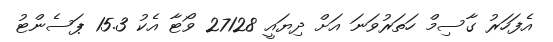
އެފަހަރު ގާސިމް ހަތަރުވަނަ އަށް ދިޔައީ 27128 ވޯޓާ އެކު 15.3 ޕަސެންޓު